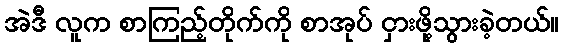
အဲဒီ လူက စာကြည့်တိုက်ကို စာအုပ် ငှားဖို့သွားခဲ့တယ်။